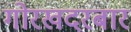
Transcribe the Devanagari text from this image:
गोरखदरबार